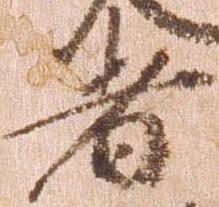
者